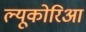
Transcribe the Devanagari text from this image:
ल्यूकोरिआ